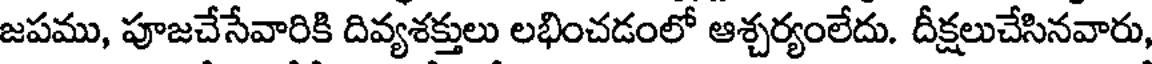
జపము, పూజచేసేవారికి దివ్యశక్తులు లభించడంలో ఆశ్చర్యంలేదు. దీక్షలుచేసినవారు,